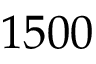
1 5 0 0